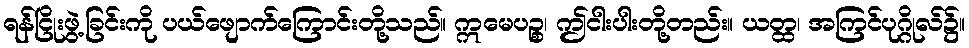
ရန်ငြိုးဖွဲ့ခြင်းကို ပယ်ဖျောက်ကြောင်းတို့သည်။ ဣမေပဉ္စ၊ ဤငါးပါးတို့တည်း။ ယတ္ထ၊ အကြင်ပုဂ္ဂိုလ်၌။